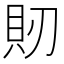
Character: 𧴬